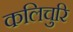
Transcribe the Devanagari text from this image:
कलिचुरि